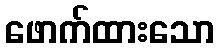
ဖောက်ထားသော